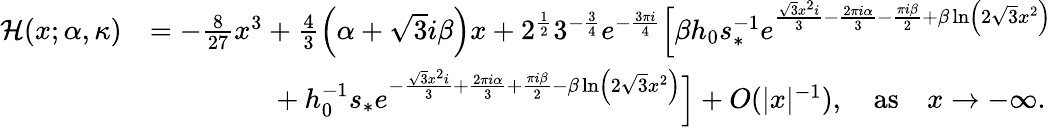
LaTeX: \begin{array}{rl}{\mathcal{H}(x;\alpha,\kappa)}&{=-\frac{8}{27}x^{3}+\frac{4}{3}\left(\alpha+\sqrt{3}i{\beta}\right)x+2^{\frac{1}{2}}3^{-\frac{3}{4}}e^{-\frac{3\pi i}{4}}\Big[{\beta}h_{0}s_{*}^{-1}e^{\frac{\sqrt{3}x^{2}i}{3}-\frac{2\pi i\alpha}{3}-\frac{\pi i{\beta}}{2}+{\beta}\ln\left(2\sqrt{3}x^{2}\right)}}\\ &{\qquad\qquad\ +h_{0}^{-1}s_{*}e^{-\frac{\sqrt{3}x^{2}i}{3}+\frac{2\pi i\alpha}{3}+\frac{\pi i{\beta}}{2}-{\beta}\ln\left(2\sqrt{3}x^{2}\right)}\Big]+O(|x|^{-1}),\quad\mathrm{as}\quad x\rightarrow-\infty.}\end{array}